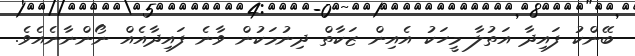
ބޭންކު ފައިދާ އަތުލާ މީހަކު އެއިން ޒަކާތް ދިނުމަކުން ވާނެ ފައިދާއެއް ނޯންނާނެއެވެ.